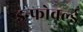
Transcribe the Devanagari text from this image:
इन्फोवर्ल्ड